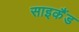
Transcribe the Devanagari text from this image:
साइकैंड